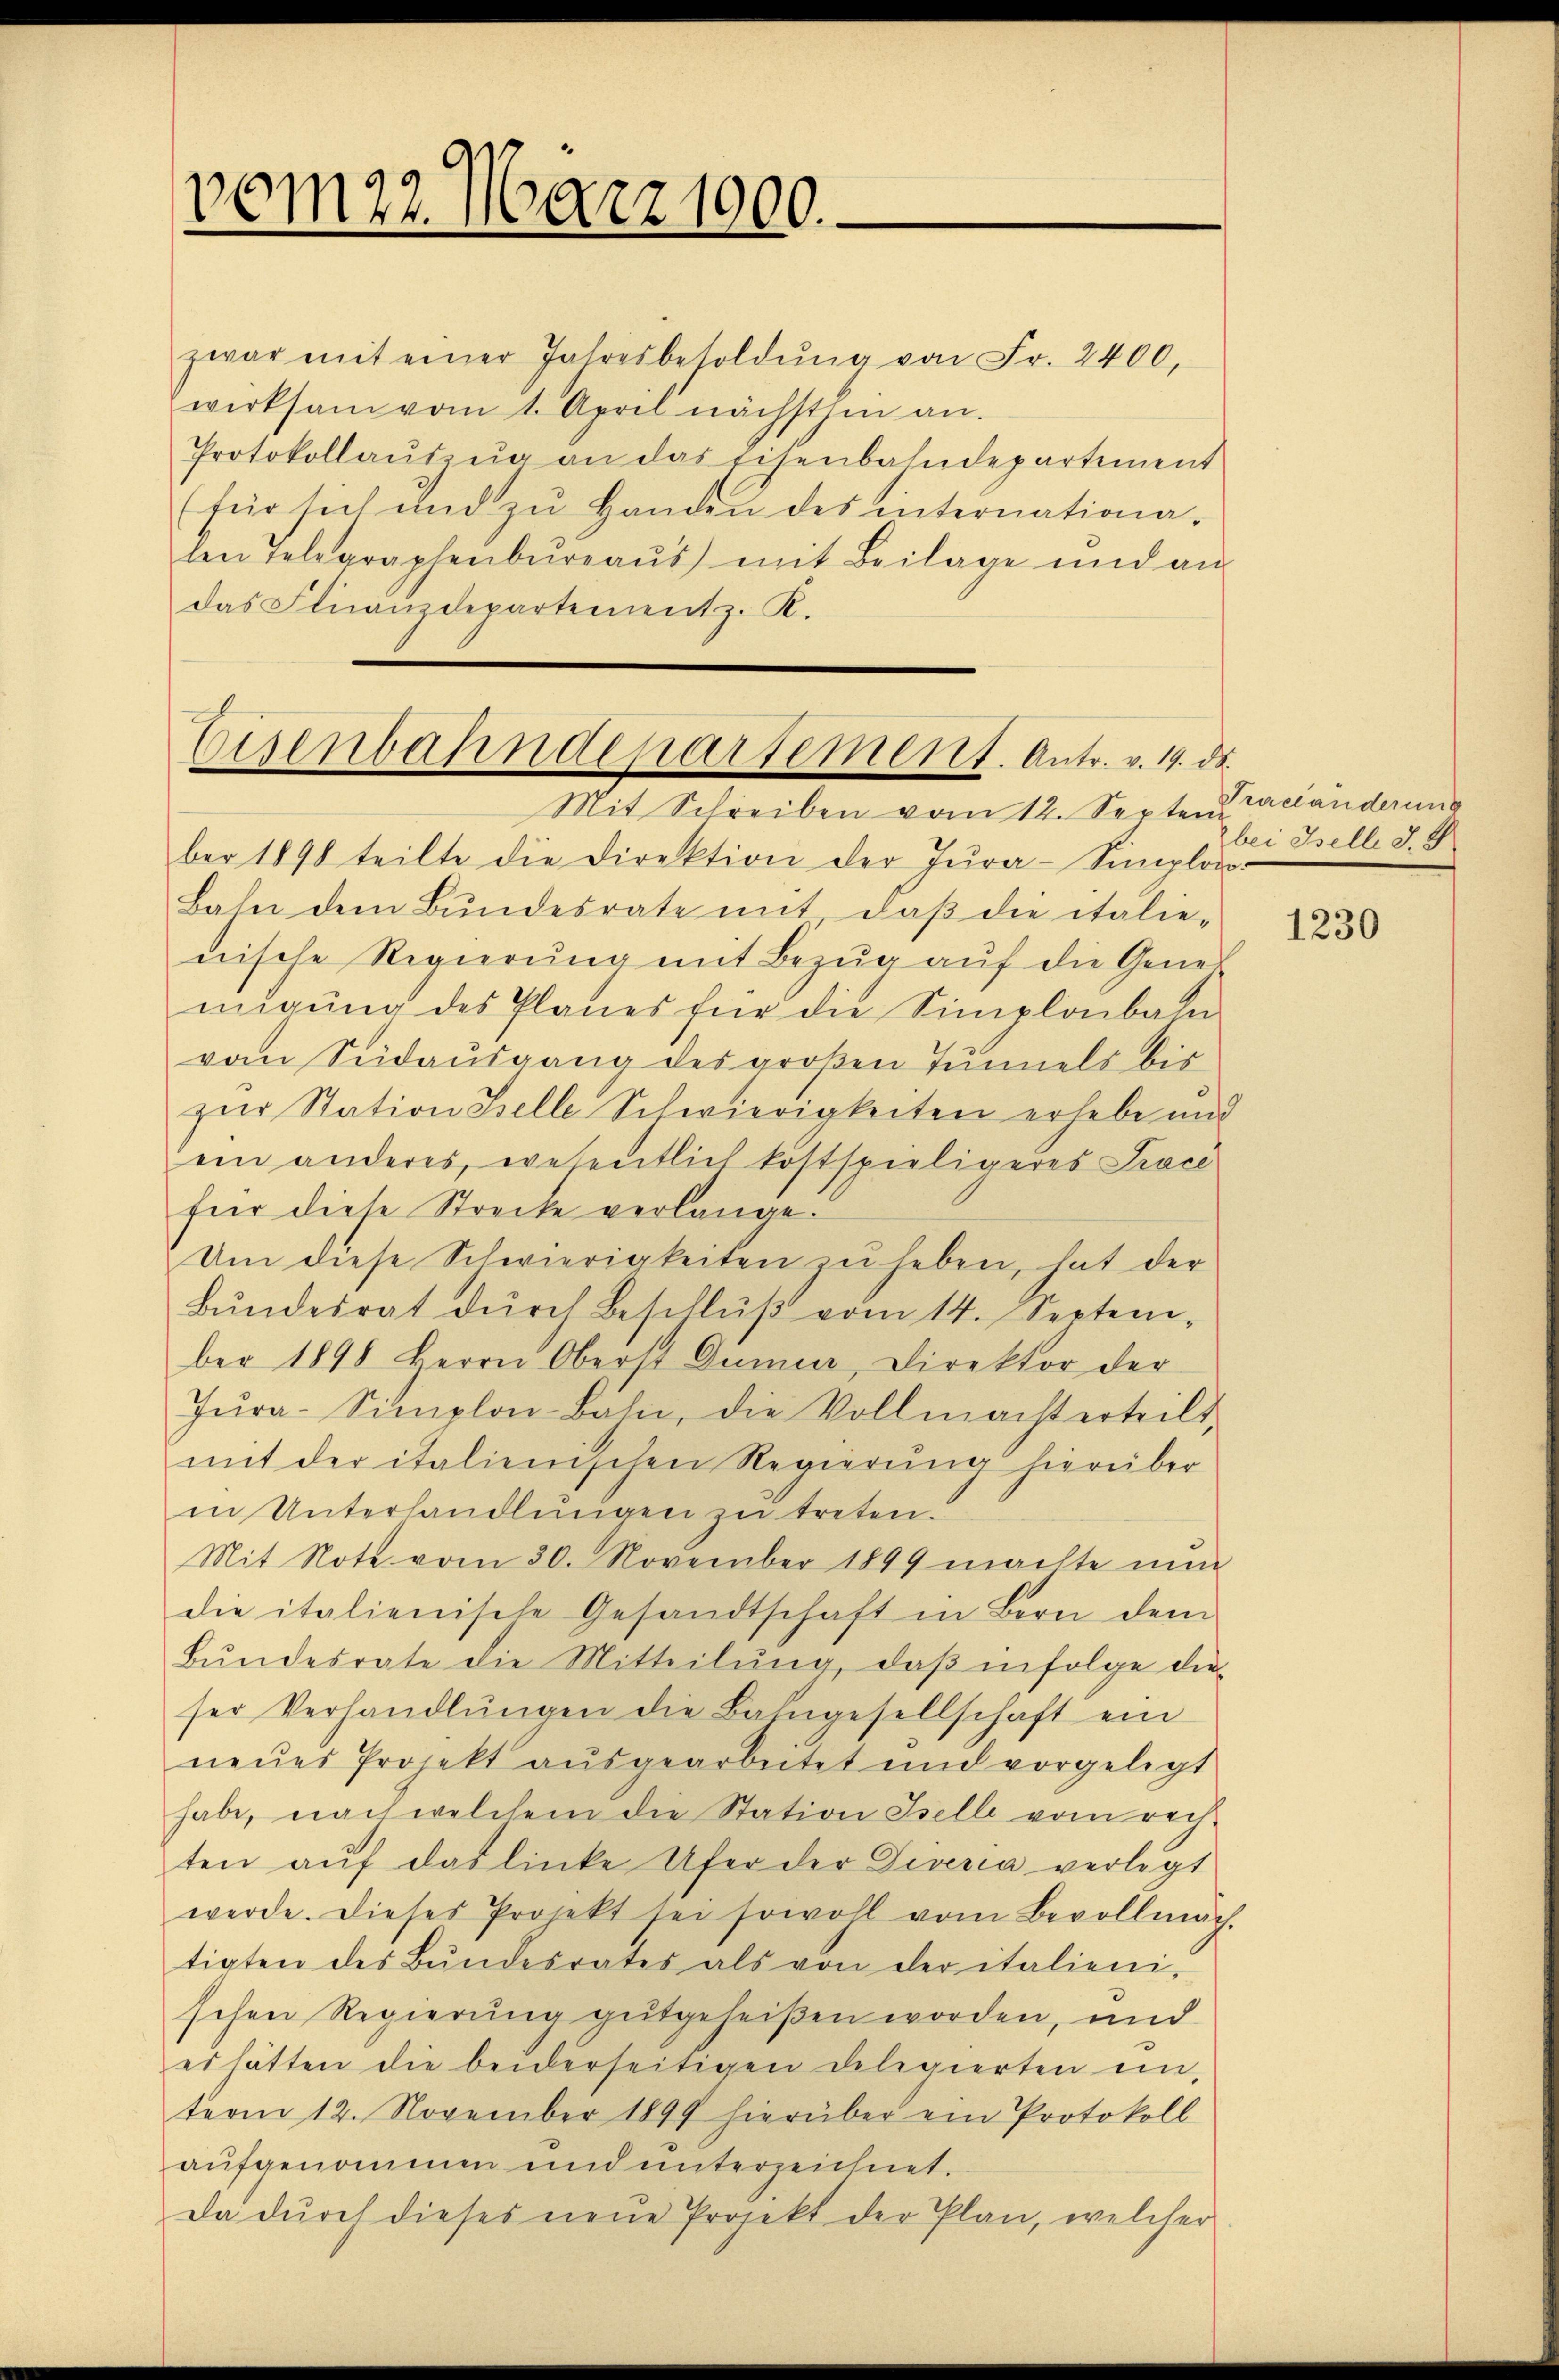
vom 22. März 1900.

zwar mit einer Jahresbesoldŭng von Fr. 2400,
werksam vom 1. April nächsten an.
Protokollaŭszŭg an das Eisenbahndepartement
für sich und zŭ Handen des internationalen Telegraphenbüreaŭs mit Beilage und an
das Finanzdepartement z. K.

Eisenbahndepartement. Antr. v. 19. ds.
Mit Schreiben vom 12. Septem

ber 1898 teilte die Direktion der Jŭra-Simplon-
Bahn dem Bundesrate mit daβ die italie-
nische Regierŭng mit Bezŭg aŭf die Gener
migŭng des Planes für die Simplonban
vom Seidausgang des großen Tunnels bis
zur Station Stelle Schwierigkeiten erhebe und
ein anderes, wesentlich kostspieligeres Tracé
für diese Strecke verlange.
Um diese Schwierigkeiten zŭ heben, hat der
Bŭndesrat dŭrch Beschlŭβ vom 14. Septem-
ber 1898 Herrn Oberst Dumier, Direktor der
Jŭra-Simplon-Bahn, die Vollmacht erteilt
mit der italienischen Regierŭng hierüber
in Unterhandlungen zu treten.
Mit Note vom 30. November 1899 machte nun
die italienische Gesandtschaft in Bern dem
Bŭndesrate die Mitteilŭng, daβ infolge die
ser Verhandlŭngen die Bahngesellschaft ein
neŭes Projekt aŭsgearbeitet und vorgelegt
habe, nach welchem die Station Iselle vom rech-
ten aŭf das linke Ufer der Diveria verlegt
werde. Dieses Projekt sei sowohl vom Bevollmäch-
tigten des Bŭndesrates als von der italienischen Regierung gutgeheißen worden, und
es hätten die beiderseitigen Delegierten ein-
term 12. November 1899 hierüber ein Protokoll
aufgenommen und unterzeichnet.
da dŭrch dieses neue Projekt der Plan, welcher

Tractanderung
bei Belli d. S

1230